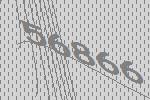
56866